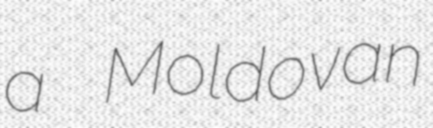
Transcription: a Moldovan